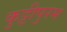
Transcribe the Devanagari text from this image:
कुट्टीपुरम